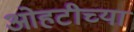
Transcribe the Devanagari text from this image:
ओहटीच्या